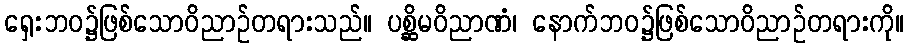
ရှေးဘဝ၌ဖြစ်သောဝိညာဉ်တရားသည်။ ပစ္ဆိမဝိညာဏံ၊ နောက်ဘဝ၌ဖြစ်သောဝိညာဉ်တရားကို။